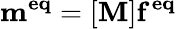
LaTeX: \mathbf{m^{eq}}=[\mathbf{M}]\mathbf{f^{eq}}